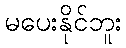
မပေးနိုင်ဘူး